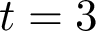
t = 3